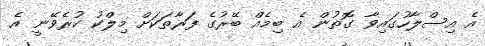
އެ އިސްލާހުގައިވާ ގޮތުން އެ ބިމެއް ބޭރުގެ ފަރާތަކަށް މިލްކު ކުރެވޭނީ އެ